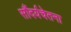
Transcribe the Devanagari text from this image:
सौंदर्यचेतना